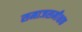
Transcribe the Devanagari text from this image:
समाजसमीक्षक